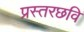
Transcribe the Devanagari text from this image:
प्रस्तरछवि